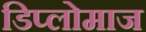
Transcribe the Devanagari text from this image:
डिप्लोमाज